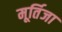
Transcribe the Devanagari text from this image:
मूर्तिजा